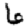
Digit: 6